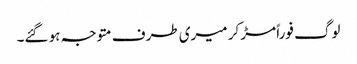
لوگ فوراً مڑ کر میری طرف متوجہ ہو گئے۔